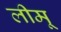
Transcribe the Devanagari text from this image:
लीमू